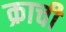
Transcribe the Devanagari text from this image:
क्राची